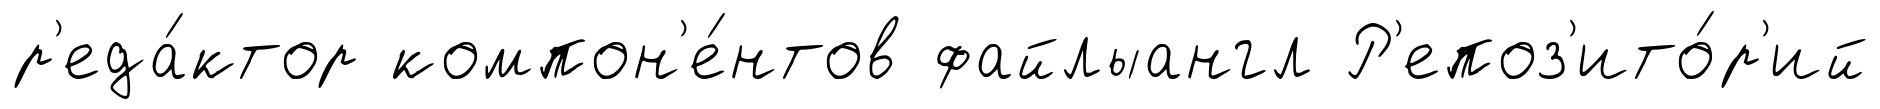
р'еда́ктор компон'е́нтов файлыангл Р'епоз'ито́р'ий